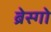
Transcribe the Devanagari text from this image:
ब्रेस्गो